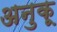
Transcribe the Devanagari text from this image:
अनुकू